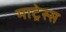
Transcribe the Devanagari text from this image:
माट्रेस्स